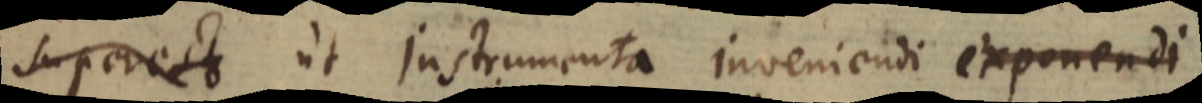
superest ut Instrumenta inveniendi exponendi